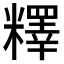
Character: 𥼶